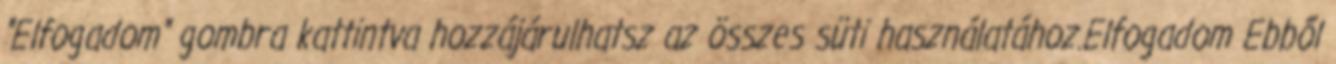
"Elfogadom" gombra kattintva hozzájárulhatsz az összes süti használatához.Elfogadom Ebből